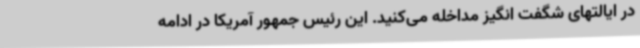
در ایالتهای شگفت انگیز مداخله می‌کنید. این رئیس جمهور آمریکا در ادامه